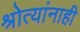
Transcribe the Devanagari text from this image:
श्रोत्यांनाही